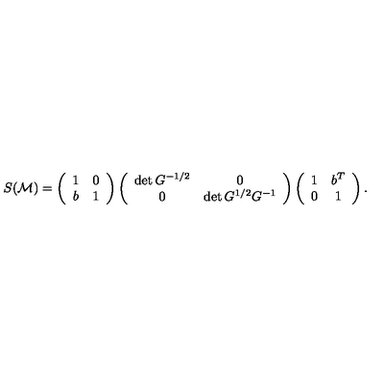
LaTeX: S ( { \cal M } ) = \left( \begin{array} { c c } { 1 } & { 0 } \\ { b } & { 1 } \\ \end{array} \right) \left( \begin{array} { c c } { \det G ^ { - 1 / 2 } } & { 0 } \\ { 0 } & { \det G ^ { 1 / 2 } G ^ { - 1 } } \\ \end{array} \right) \left( \begin{array} { c c } { 1 } & { b ^ { T } } \\ { 0 } & { 1 } \\ \end{array} \right) .